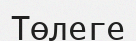
Төлеге